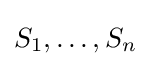
{\textstyle S_{1},\dots ,S_{n}}